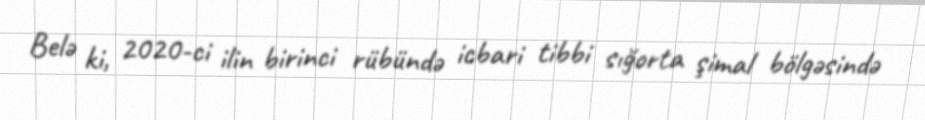
Belə ki, 2020-ci ilin birinci rübündə icbari tibbi sığorta şimal bölgəsində